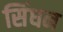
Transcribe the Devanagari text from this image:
सिंधन